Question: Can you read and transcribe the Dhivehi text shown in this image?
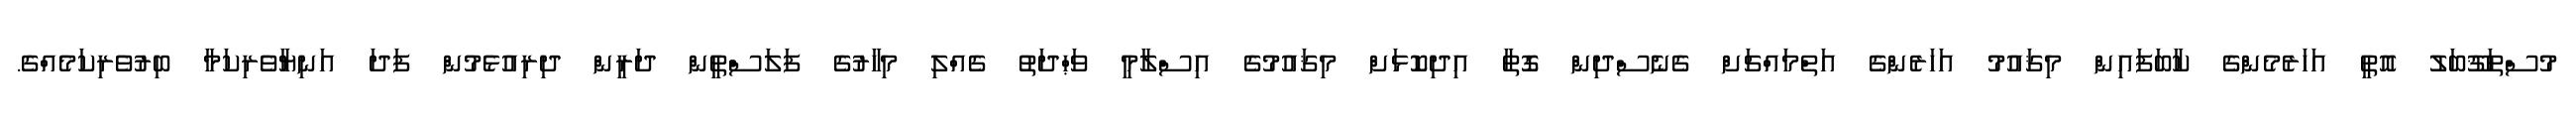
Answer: މުސްތަޤޫބަލު އޮތީ އަހަރެމެންގެ ކާބަފައިން މިޤައުމު އަހަރެންގެ އަތްމައްޗަށް ގެނެސްދިން ގޮތާ އިދިކޮޅަށް މިޤައުމުގެ އިސްލާމީ ވަޙްދަތު ގެއްލި މިހާރުގެ ފަލަސްްޠީން ދަރީން ދިރިއުޅެމުން ފަދަ އަނިޔާވެރިކަމާ ބިރުވެރިކަމެއްގެ.